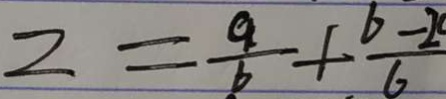
z = \frac { a } { b } + \frac { b - 2 } { 6 }